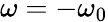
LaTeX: \omega=-\omega_{0}